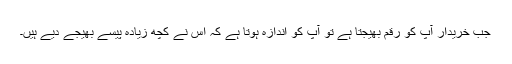
جب خریدار آپ کو رقم بھیجتا ہے تو آپ کو اندازہ ہوتا ہے کہ اس نے کچھ زیادہ پیسے بھیجے دیے ہیں۔